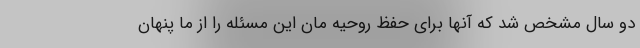
دو سال مشخص شد که آنها برای حفظ روحیه مان این مسئله را از ما پنهان